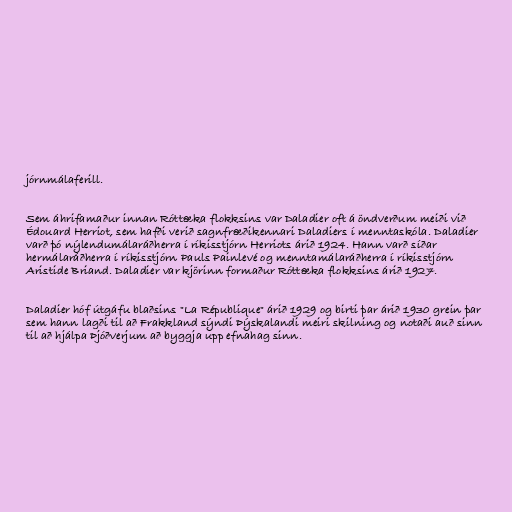
jórnmálaferill.

Sem áhrifamaður innan Róttæka flokksins var Daladier oft á öndverðum meiði við
Édouard Herriot, sem hafði verið sagnfræðikennari Daladiers í menntaskóla. Daladier
varð þó nýlendumálaráðherra í ríkisstjórn Herriots árið 1924. Hann varð síðar
hermálaráðherra í ríkisstjórn Pauls Painlevé og menntamálaráðherra í ríkisstjórn
Aristide Briand. Daladier var kjörinn formaður Róttæka flokksins árið 1927.

Daladier hóf útgáfu blaðsins "La République" árið 1929 og birti þar árið 1930 grein þar
sem hann lagði til að Frakkland sýndi Þýskalandi meiri skilning og notaði auð sinn
til að hjálpa Þjóðverjum að byggja upp efnahag sinn.